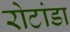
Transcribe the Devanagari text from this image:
रोटांडा